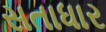
સતાધાર